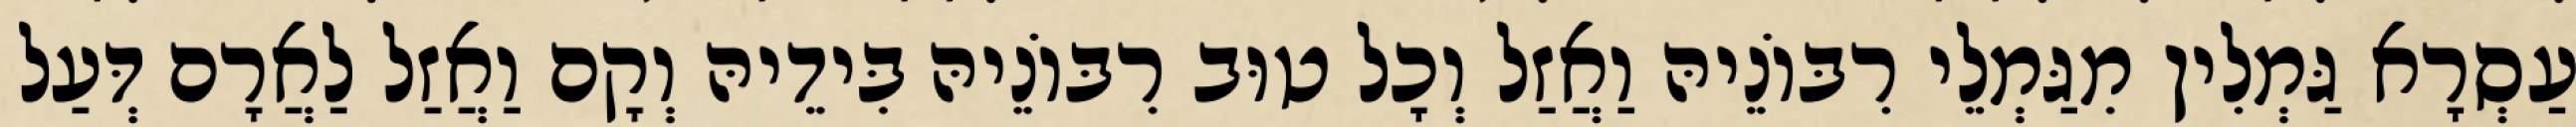
עַסְרָא גַּמְלִין מִגַּמְלֵי רִבּוֹנֵיהּ וַאֲזַל וְכָל טוּב רִבּוֹנֵיהּ בִּידֵיהּ וְקָם וַאֲזַל לַאֲרָם דְּעַל